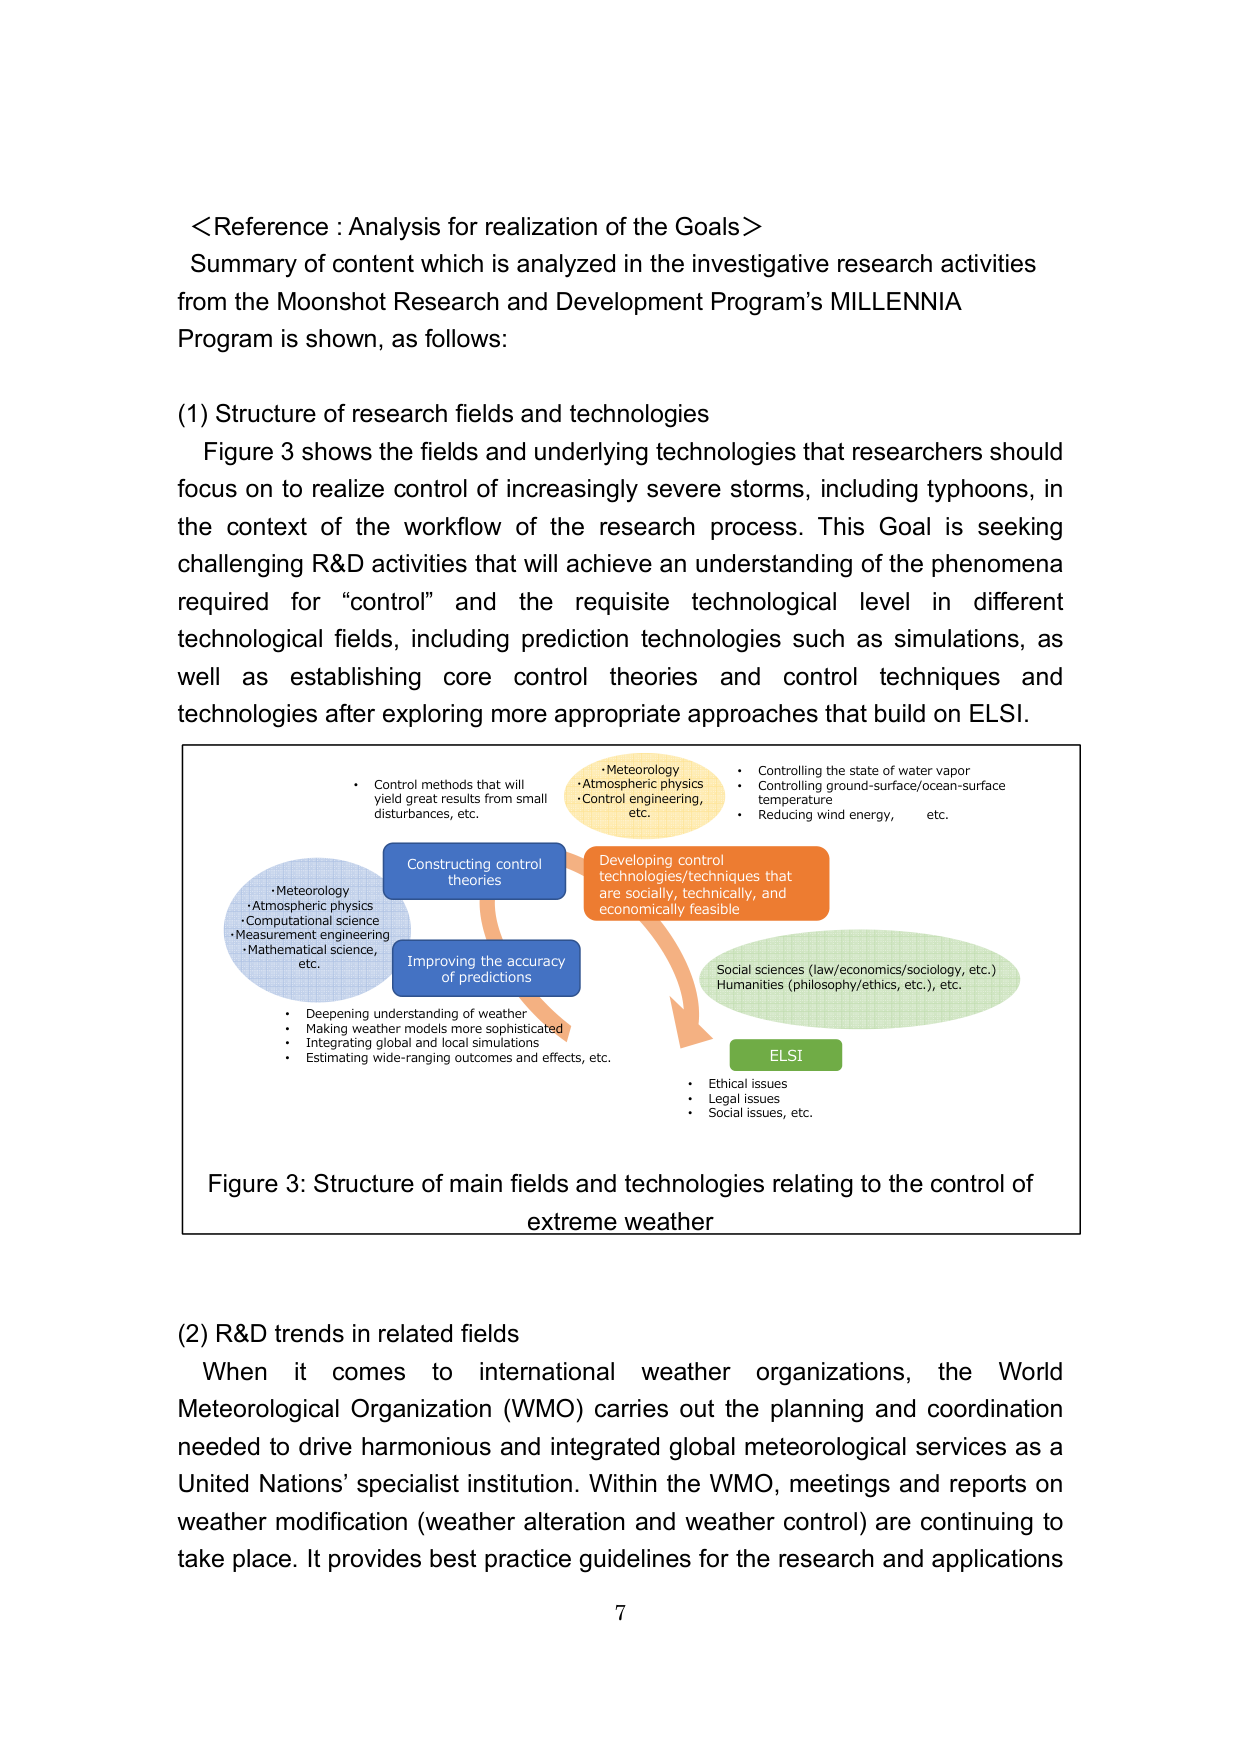
<Reference : Analysis for realization of the Goals>
Summary of content which is analyzed in the investigative research activities from the Moonshot Research and Development Program’s MILLENNIA Program is shown, as follows:

(1) Structure of research fields and technologies
Figure 3 shows the fields and underlying technologies that researchers should focus on to realize control of increasingly severe storms, including typhoons, in the context of the workflow of the research process. This Goal is seeking challenging R&D activities that will achieve an understanding of the phenomena required for “control” and the requisite technological level in different technological fields, including prediction technologies such as simulations, as well as establishing core control theories and control techniques and technologies after exploring more appropriate approaches that build on ELSI.

• Control methods that will yield great results from small disturbances, etc.
• Meteorology
• Atmospheric physics
• Control engineering, etc.
• Controlling the state of water vapor
• Controlling ground-surface/ocean-surface temperature
• Reducing wind energy, etc.
Constructing control theories
Developing control technologies/techniques that are socially, technically, and economically feasible
• Meteorology
• Atmospheric physics
• Computational science
• Measurement engineering
• Mathematical science, etc.
Improving the accuracy of predictions
• Deepening understanding of weather
• Making weather models more sophisticated
• Integrating global and local simulations
• Estimating wide-ranging outcomes and effects, etc.
Social sciences (law/economics/sociology, etc.)
Humanities (philosophy/ethics, etc.), etc.
ELSI
• Ethical issues
• Legal issues
• Social issues, etc.

Figure 3: Structure of main fields and technologies relating to the control of extreme weather

(2) R&D trends in related fields
When it comes to international weather organizations, the World Meteorological Organization (WMO) carries out the planning and coordination needed to drive harmonious and integrated global meteorological services as a United Nations’ specialist institution. Within the WMO, meetings and reports on weather modification (weather alteration and weather control) are continuing to take place. It provides best practice guidelines for the research and applications

7